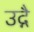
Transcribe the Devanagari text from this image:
उद्गै